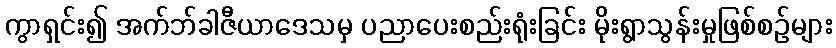
ကွာရှင်း၍ အက်ဘ်ခါဇီယာဒေသမှ ပညာပေးစည်းရုံးခြင်း မိုးရွာသွန်းမှုဖြစ်စဉ်များ